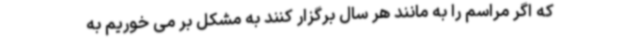
که اگر مراسم را به مانند هر سال برگزار کنند به مشکل بر می خوریم به